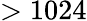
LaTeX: >1024